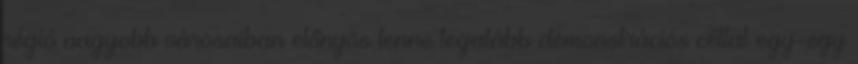
régió nagyobb városaiban előnyös lenne legalább demonstrációs céllal egy-egy